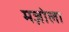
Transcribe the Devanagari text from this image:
मज़ोला